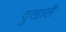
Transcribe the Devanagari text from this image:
दुखालै